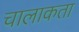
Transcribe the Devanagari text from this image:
चालाकता